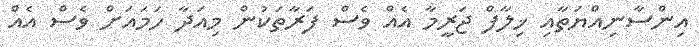
އިންސާނިއްޔަތާއި ޚިލާފް ޖަރީމާ އެއް ވެސް ފަރާތަކުން މިއަދާ ހަމައަށް ވެސް އެއް